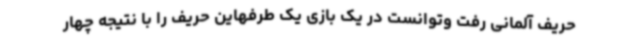
حریف آلمانی رفت وتوانست در یک بازی یک طرفهاین حریف را با نتیجه چهار